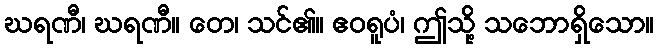
ဃရဏီ၊ ဃရဏီ။ တေ၊ သင်၏။ ဧဝရူပံ၊ ဤသို့ သဘောရှိသော။